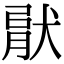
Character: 𤟶